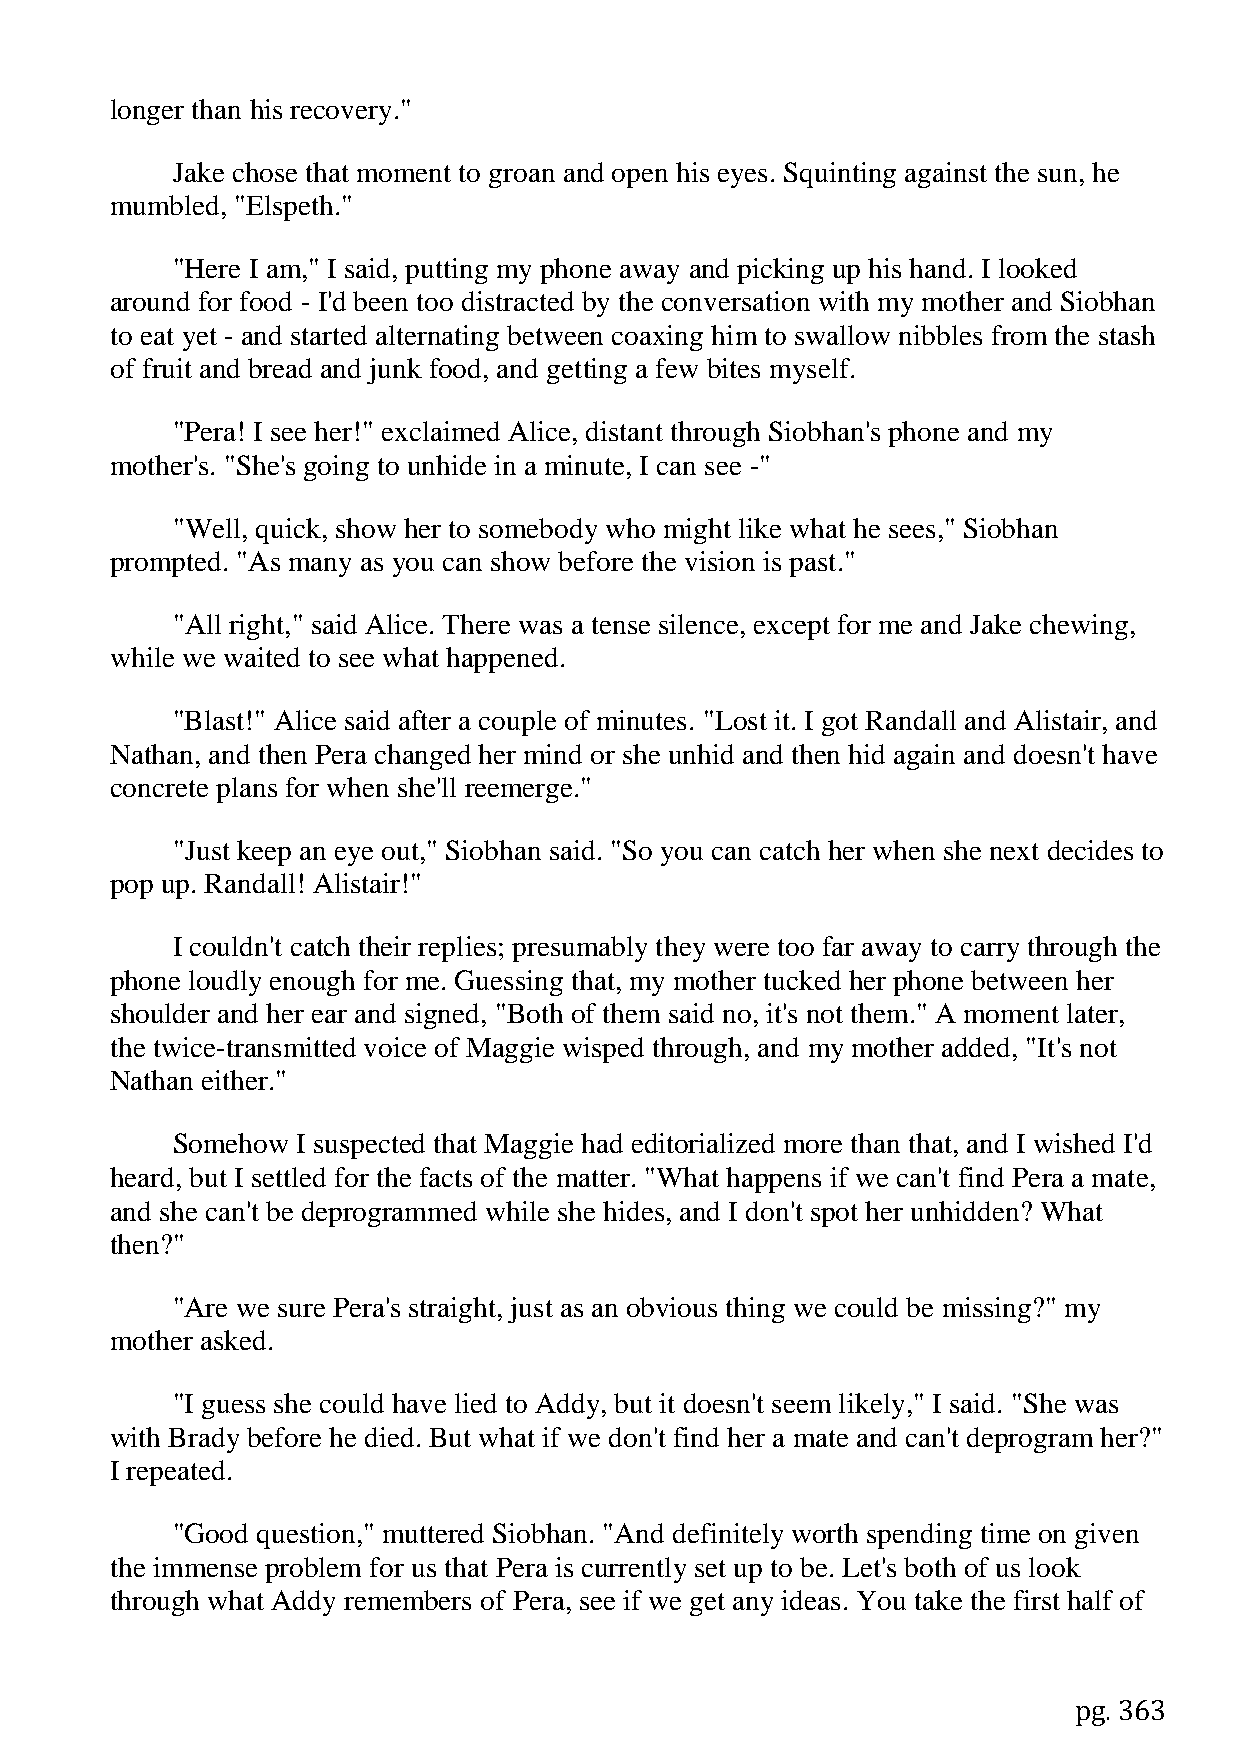
longer than his recovery."
 Jake chose that moment to groan and open his eyes. Squinting against the sun, he
 mumbled, "Elspeth."
 "Here I am," I said, putting my phone away and picking up his hand. I looked
 around for food - I'd been too distracted by the conversation with my mother and Siobhan
 to eat yet - and started alternating between coaxing him to swallow nibbles from the stash
 of fruit and bread and junk food, and getting a few bites myself.
 "Pera! I see her!" exclaimed Alice, distant through Siobhan's phone and my
 mother's. "She's going to unhide in a minute, I can see -"
 "Well, quick, show her to somebody who might like what he sees," Siobhan
 prompted. "As many as you can show before the vision is past."
 "All right," said Alice. There was a tense silence, except for me and Jake chewing,
 while we waited to see what happened.
 "Blast!" Alice said after a couple of minutes. "Lost it. I got Randall and Alistair, and
 Nathan, and then Pera changed her mind or she unhid and then hid again and doesn't have
 concrete plans for when she'll reemerge."
 "Just keep an eye out," Siobhan said. "So you can catch her when she next decides to
 pop up. Randall! Alistair!"
 I couldn't catch their replies; presumably they were too far away to carry through the
 phone loudly enough for me. Guessing that, my mother tucked her phone between her
 shoulder and her ear and signed, "Both of them said no, it's not them." A moment later,
 the twice-transmitted voice of Maggie wisped through, and my mother added, "It's not
 Nathan either."
 Somehow  I suspected that Maggie had editorialized more than that, and I wished I'd
 heard, but I settled for the facts of the matter. "What happens if we can't find Pera a mate,
 and she can't be deprogrammed while she hides, and I don't spot her unhidden? What
 then?"
 "Are we sure Pera's straight, just as an obvious thing we could be missing?" my
 mother asked.
 "I guess she could have lied to Addy, but it doesn't seem likely," I said. "She was
 with Brady before he died. But what if we don't find her a mate and can't deprogram her?"
 I repeated.
 "Good question," muttered Siobhan. "And definitely worth spending time on given
 the immense problem for us that Pera is currently set up to be. Let's both of us look
 through what Addy remembers of Pera, see if we get any ideas. You take the first half of
 pg. 363